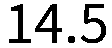
14.5